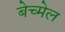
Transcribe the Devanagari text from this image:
बेच्मेल